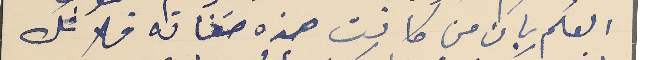
العلم بان من كانت هذه صفاته فلا شك